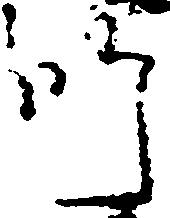
師